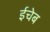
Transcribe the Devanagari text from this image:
ईचेब